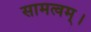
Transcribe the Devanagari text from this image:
सामत्वम्‌।